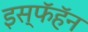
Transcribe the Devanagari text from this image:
इस्फॅहॅन